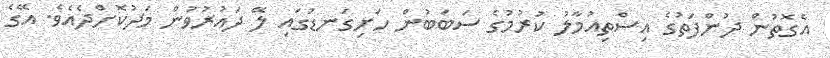
އެގޮތުން ދުންފަތުގެ އިސްތިއުމާލު ކުރުމުގެ ސަބަބުން ހަށިގަނޑުގައި ލޭ ދައުރުވުން މަދުކޮށްދެއެވެ. އޭގެ